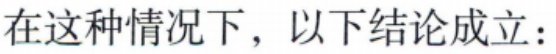
在这种情况下，以下结论成立：